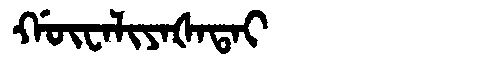
Manchu: ᡤᡡᠸᠠᠯᡳᠶᠠᡧᠠᡨᠠᡳ
Romanization: GŪWALIYAŠATAI